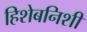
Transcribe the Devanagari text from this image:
हिशेबनिशी